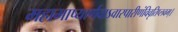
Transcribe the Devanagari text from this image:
महामाष्यार्णवाऽवारपारीणंविवृतिप्लवम्।